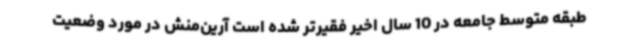
طبقه متوسط جامعه در 10 سال اخیر فقیرتر شده است آرین‌منش در مورد وضعیت